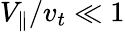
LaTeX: V_{\parallel}/v_{t}\ll 1